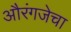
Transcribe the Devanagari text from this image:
औरंगजेचा